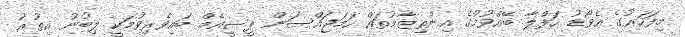
މިފަހަރުގެ އެވޯޑު ހަފްލާ ބޭއްވުމުގެ އިންތިޒާމުތައް ހަމަޖައްސަން ޕީސީއެމް ބައިވެރިވުމަކީ ލިބުނު އިތުރު